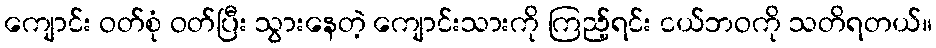
ကျောင်း ဝတ်စုံ ဝတ်ပြီး သွားနေတဲ့ ကျောင်းသားကို ကြည့်ရင်း ငယ်ဘဝကို သတိရတယ်။